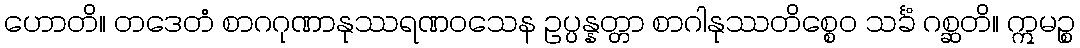
ဟောတိ။ တဒေတံ စာဂဂုဏာနုဿရဏဝသေန ဥပ္ပန္နတ္တာ စာဂါနုဿတိစ္စေဝ သင်္ခံ ဂစ္ဆတိ။ ဣမဉ္စ